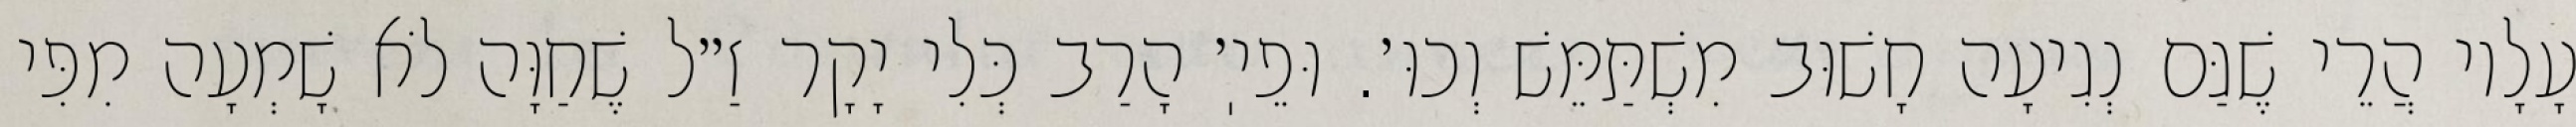
עָלָיו הֲרֵי שֶׁגַּם נְגִיעָה חָשׁוּב מִשְׁתַּמֵּשׁ וְכוּ׳. וּפֵיֽ׳ הָרַב כְּלִי יָקָר זַ״ל שֶׁחַוָּה לֹא שָׁמְעָה מִפִּי